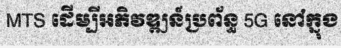
MTS ដើម្បីអភិវឌ្ឍន៍ប្រព័ន្ធ 5G នៅក្នុង